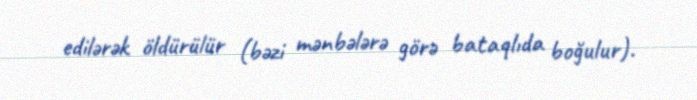
edilərək öldürülür (bəzi mənbələrə görə bataqlıda boğulur).